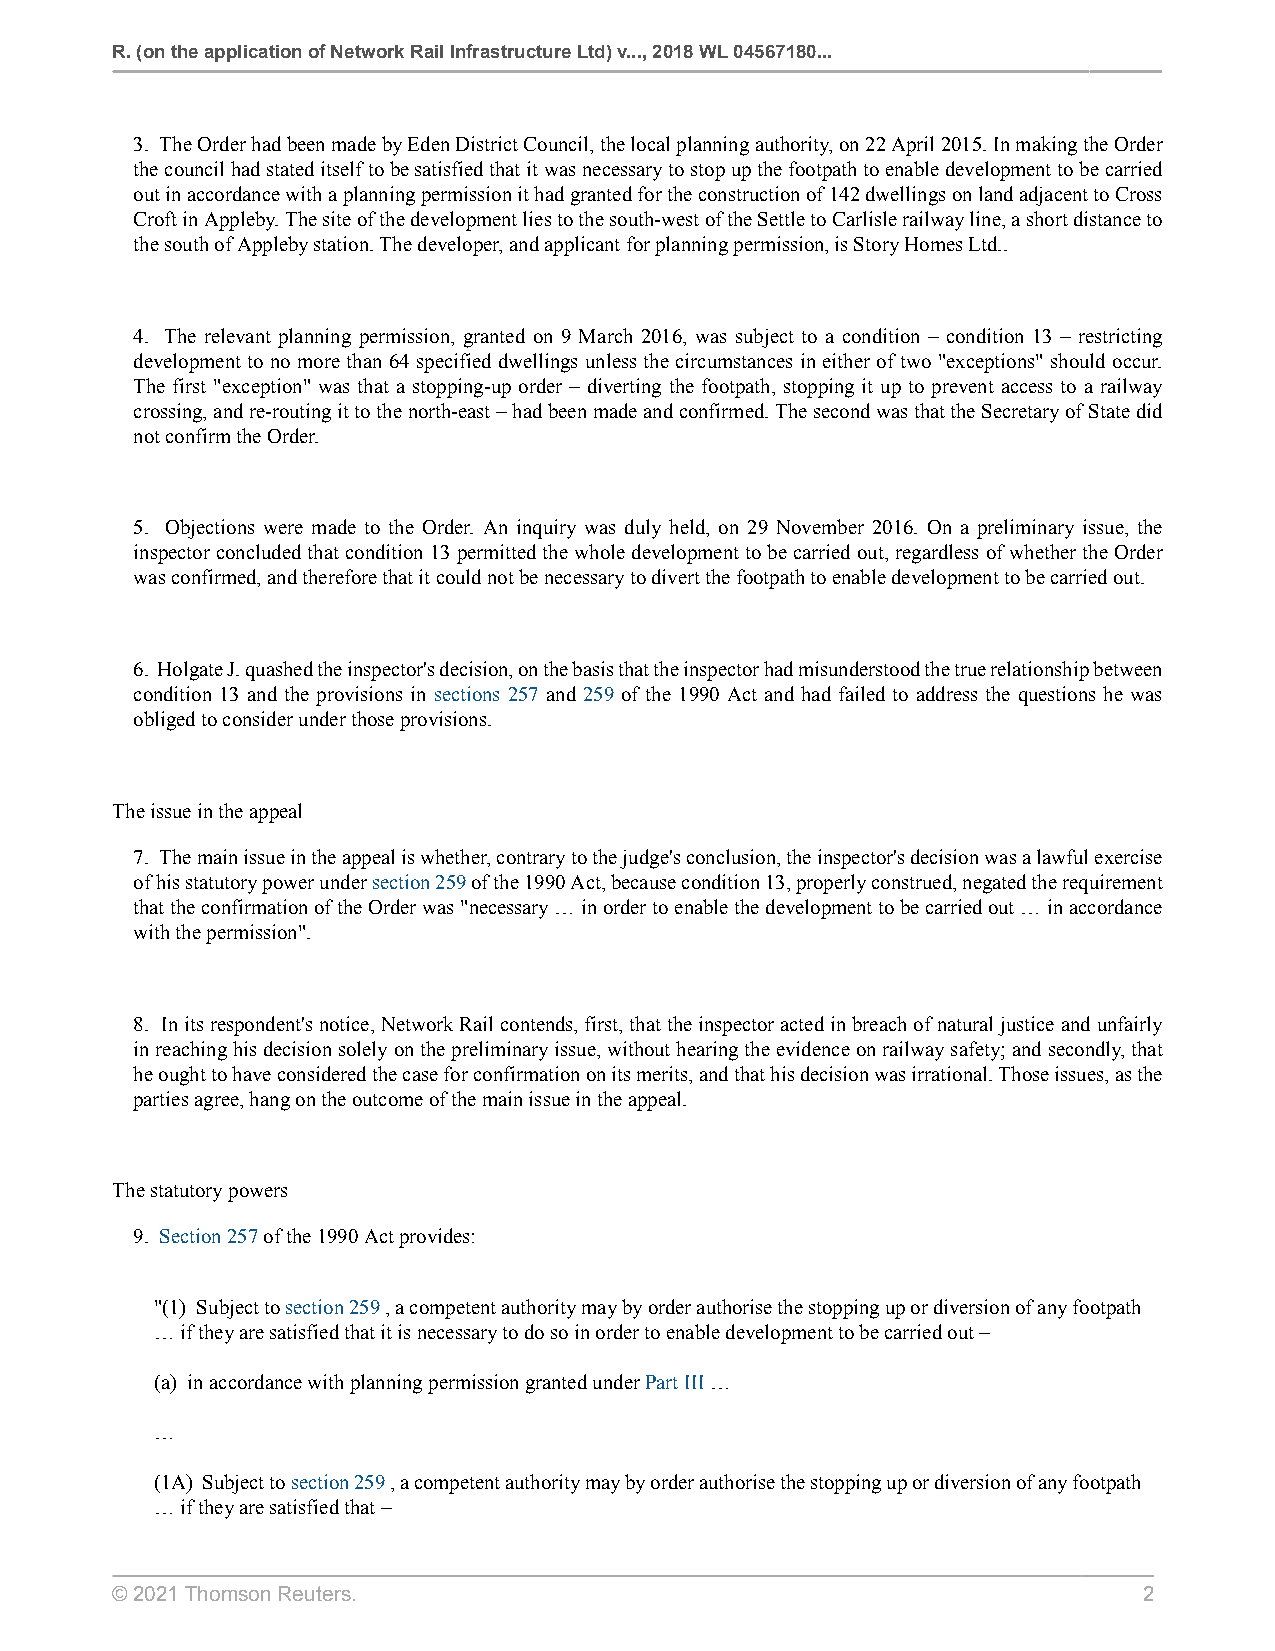
R. (on the application of Network Rail Infrastructure Ltd) v..., 2018 WL 04567180...
 3. The Order had been made by Eden District Council, the local planning authority, on 22 April 2015. In making the Order
 the council had stated itself to be satisfied that it was necessary to stop up the footpath to enable development to be carried
 out in accordance with a planning permission it had granted for the construction of 142 dwellings on land adjacent to Cross
 Croft in Appleby. The site of the development lies to the south-west of the Settle to Carlisle railway line, a short distance to
 the south of Appleby station. The developer, and applicant for planning permission, is Story Homes Ltd..
 4. The relevant planning permission, granted on 9 March 2016, was subject to a condition – condition 13 – restricting
 development to no more than 64 specified dwellings unless the circumstances in either of two "exceptions" should occur.
 The first "exception" was that a stopping-up order – diverting the footpath, stopping it up to prevent access to a railway
 crossing, and re-routing it to the north-east – had been made and confirmed. The second was that the Secretary of State did
 not confirm the Order.
 5. Objections were made to the Order. An inquiry was duly held, on 29 November 2016. On a preliminary issue, the
 inspector concluded that condition 13 permitted the whole development to be carried out, regardless of whether the Order
 was confirmed, and therefore that it could not be necessary to divert the footpath to enable development to be carried out.
 6. Holgate J. quashed the inspector's decision, on the basis that the inspector had misunderstood the true relationship between
 condition 13 and the provisions in sections 257 and 259 of the 1990 Act and had failed to address the questions he was
 obliged to consider under those provisions.
 The issue in the appeal
 7. The main issue in the appeal is whether, contrary to the judge's conclusion, the inspector's decision was a lawful exercise
 of his statutory power under section 259 of the 1990 Act, because condition 13, properly construed, negated the requirement
 that the confirmation of the Order was "necessary … in order to enable the development to be carried out … in accordance
 with the permission".
 8. In its respondent's notice, Network Rail contends, first, that the inspector acted in breach of natural justice and unfairly
 in reaching his decision solely on the preliminary issue, without hearing the evidence on railway safety; and secondly, that
 he ought to have considered the case for confirmation on its merits, and that his decision was irrational. Those issues, as the
 parties agree, hang on the outcome of the main issue in the appeal.
 The statutory powers
 9. Section 257 of the 1990 Act provides:
 "(1) Subject to section 259 , a competent authority may by order authorise the stopping up or diversion of any footpath
 … if they are satisfied that it is necessary to do so in order to enable development to be carried out –
 (a) in accordance with planning permission granted under Part III …
 …
 (1A) Subject to section 259 , a competent authority may by order authorise the stopping up or diversion of any footpath
 … if they are satisfied that –
 © 2021 Thomson Reuters.                                              2